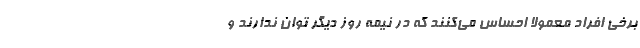
برخی افراد معمولاً احساس می‌کنند که در نیمه روز دیگر توان ندارند و